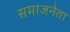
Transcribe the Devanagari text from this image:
समाजनेता